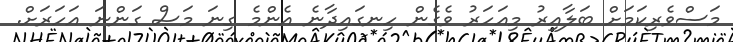
މަސްވެރިކަމަށް ބަލާއިރު މިއަހަރު ވެގެން ހިނގައިދާނެ އެންމެ ގިނަ މަސް ގަންނަ އަހަރަށް.